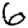
Digit: 6